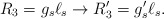
\begin{align*}R_3 = g_s\ell_s \rightarrow R'_3 = g'_s \ell_s.\end{align*}